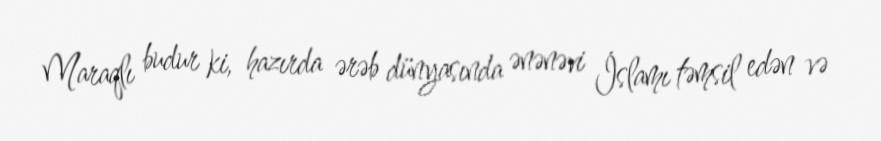
Maraqlı budur ki, hazırda ərəb dünyasında ənənəvi İslamı təmsil edən və